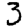
Digit: 3